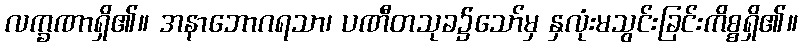
လက္ခဏာရှိ၏။ အနာဘောဂရသာ၊ ပဏီတသုခ၌သော်မှ နှလုံးမသွင်းခြင်းကိစ္စရှိ၏။